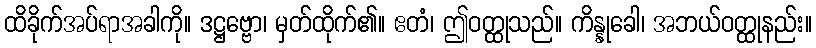
ထိခိုက်အပ်ရာအခါကို။ ဒဋ္ဌဗ္ဗော၊ မှတ်ထိုက်၏။ ဧတံ၊ ဤဝတ္ထုသည်။ ကိန္နုခေါ၊ အဘယ်ဝတ္ထုနည်း။